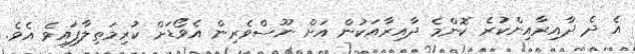
އެ ދެ ދާއިރާއިންކުރެ ކޮންމެ ދާއިރާއަކުން އަށް ނޫސްވެރިން އެވޯޑަށް ކުރިމަތިލާފައިވެ އެވެ.